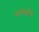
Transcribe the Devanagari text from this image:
यावेळीस